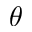
\theta